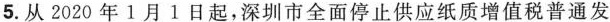
5.从2020年1月1日起，深圳市全面停止供应纸质增值税普通发